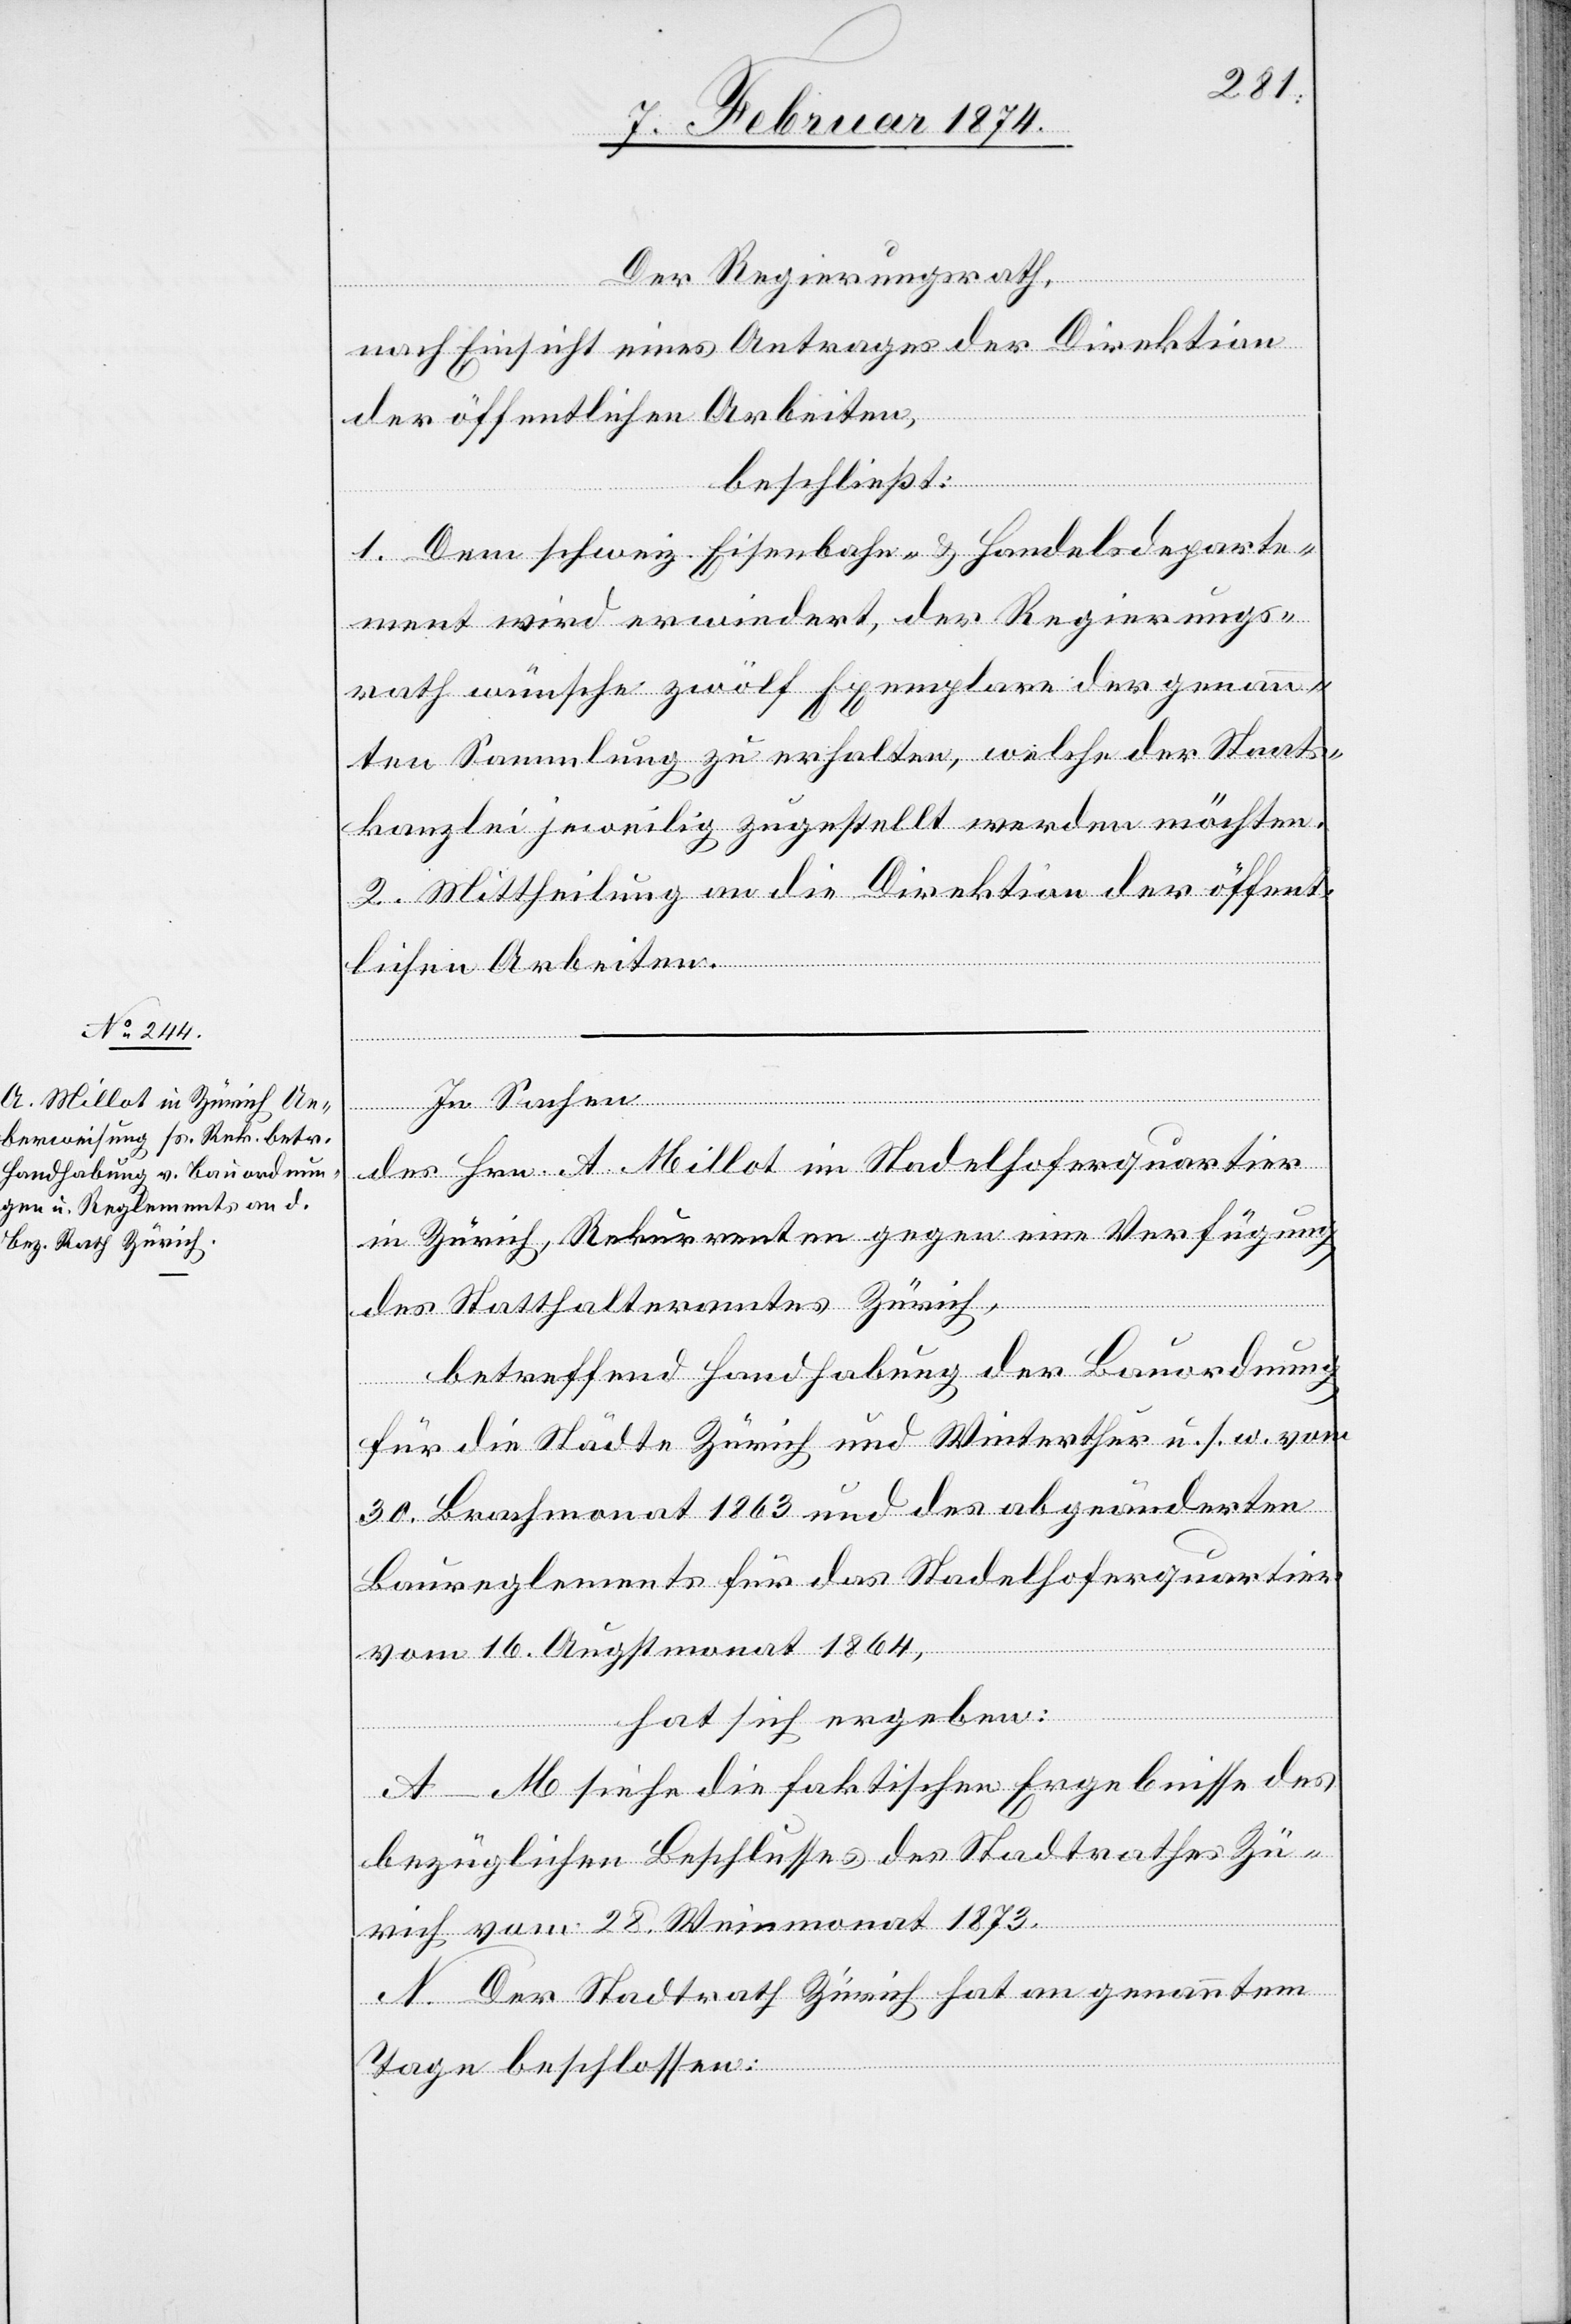
Der Regierungsrath,
nach Einsicht eines Antrages der Direktion
der öffentlichen Arbeiten,
beschließt:
1. Dem schweiz. Eisenbahn- u. Handelsdeparte¬
ment wird erwiedert, der Regierungs¬
rath wünsche zwölf Exemplare der genann¬
ten Sammlung zu erhalten, welche der Staats¬
kanzlei jeweilig zugestellt werden möchten.
2. Mittheilung an die Direktion der öffent¬
lichen Arbeiten.
des Hrn. A. Millot im Stadelhoferquartier
in Zürich, Rekurrenten gegen eine Verfügung
des Statthalteramtes Zürich,
betreffend Handhabung der Bauordnung
für die Städte Zürich und Winterthur u. s. w. vom
30. Brachmonat 1863 und des abgeänderten
Baureglements für das Stadelhoferquartier
vom 16. Augstmonat 1864,
hat sich ergeben:
A–M siehe die faktischen Ergebnisse des
bezüglichen Beschlusses des Stadtrathes Zü¬
rich vom 28. Weinmonat 1873.
N. Der Stadtrath Zürich hat am genannten
Tage beschlossen: